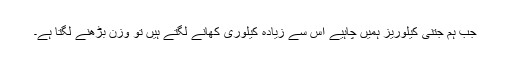
جب ہم جتنی کیلوریز ہمیں چاہیے اس سے زیادہ کیلوری کھانے لگتے ہیں تو وزن بڑھنے لگتا ہے۔